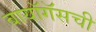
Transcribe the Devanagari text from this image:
बायॉगॅसची